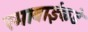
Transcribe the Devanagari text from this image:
रमाबाईकडे